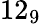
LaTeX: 12_{9}